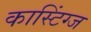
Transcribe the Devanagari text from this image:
कास्टिंग्ज